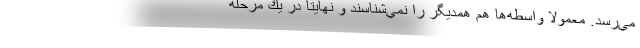
مي‌رسد. معمولا واسطه‌ها هم همديگر را نمي‌شناسند و نهايتا در يك مرحله